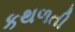
કથળતી